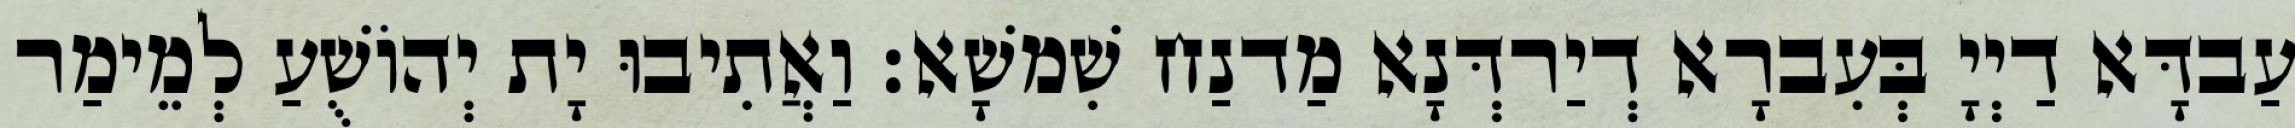
עַבדָּא דַיְיָ בְּעִברָא דְיַרדְּנָא מַדנַח שִׁמשָׁא׃ וַאֲתִיבוּ יָת יְהוֹשֻׁעַ לְמֵימַר